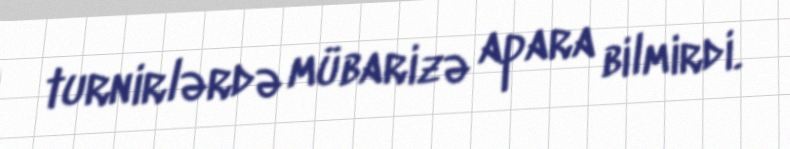
turnirlərdə mübarizə apara bilmirdi.